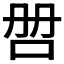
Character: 𰇑